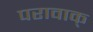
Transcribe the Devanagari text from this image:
परावाक्